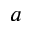
a